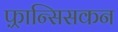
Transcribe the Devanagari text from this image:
फ़्रान्सिसकन